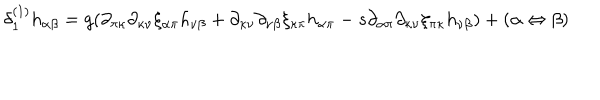
\begin{array} { l } { { \delta _ { 1 } ^ { ( 1 ) } h _ { \alpha \beta } = g ( \partial _ { \pi \kappa } \partial _ { \kappa \nu } \xi _ { \alpha \pi } h _ { \nu \beta } + \partial _ { \kappa \nu } \partial _ { \nu \beta } \xi _ { \kappa \pi } h _ { \alpha \pi } - s \partial _ { \alpha \pi } \partial _ { \kappa \nu } \xi _ { \pi \kappa } h _ { \nu \beta } ) + ( \alpha \Leftrightarrow \beta ) } } \\ \end{array}